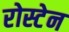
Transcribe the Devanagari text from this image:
रोस्टेन